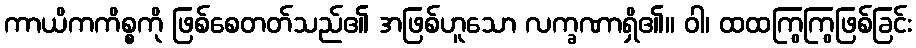
ကာယိကကိစ္စကို ဖြစ်စေတတ်သည်၏ အဖြစ်ဟူသော လက္ခဏာရှိ၏။ ဝါ၊ ထထကြွကြွဖြစ်ခြင်း